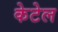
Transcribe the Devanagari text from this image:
केटेल